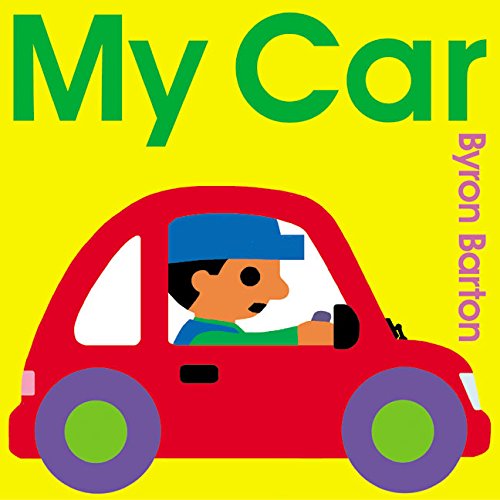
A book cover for My Car Board Book; Byron Barton; Children's Books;